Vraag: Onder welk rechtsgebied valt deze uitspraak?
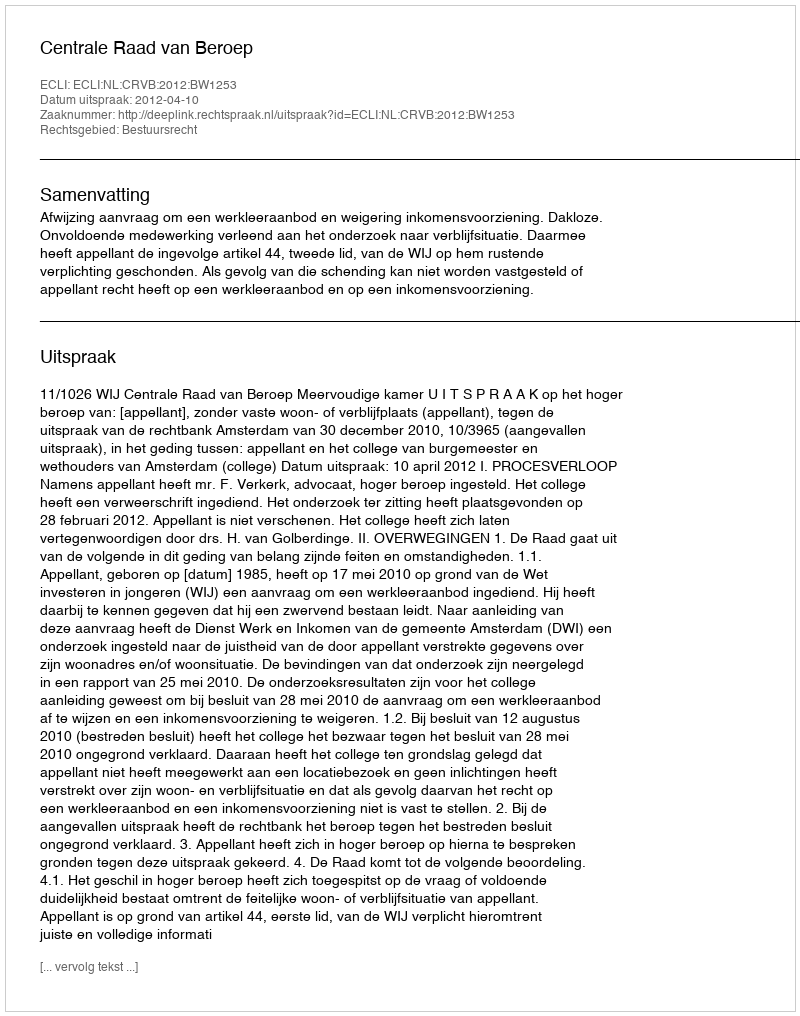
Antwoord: Bestuursrecht